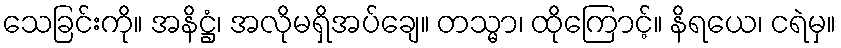
သေခြင်းကို။ အနိဋ္ဌံ၊ အလိုမရှိအပ်ချေ။ တသ္မာ၊ ထိုကြောင့်။ နိရယေ၊ ငရဲမှ။